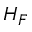
H _ { F }